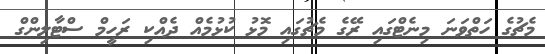
މެޗުގެ ހަތްވަނަ މިނެޓްގައި ރޭގެ މެޗުގައި މޮޅު ކުޅުމެއް ދެއްކި ރަހީމް ސްޓާލިންގް